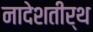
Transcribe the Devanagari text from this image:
नादेशतीर्थ